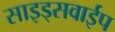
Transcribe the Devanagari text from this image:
साइड्सवाईप